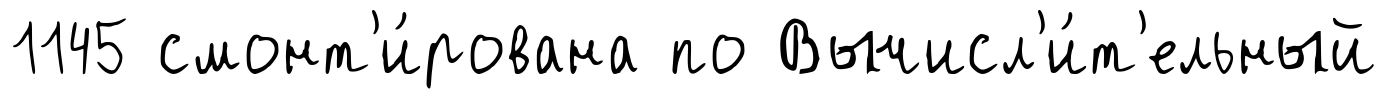
1145 смонт'и́рована по Вычисл'и́т'ельный